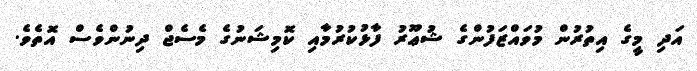
އަދި މީގެ އިތުރުން މުވައްޒަފުންގެ ޝުޢޫރު ފާޅުކުރުމާއި ކޮމިޝަނުގެ މެސެޖް ދިނުންވެސް އޮތެވެ.